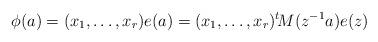
LaTeX: \begin{align*}\phi(a)=(x_1,\dots,x_r)e(a)=(x_1,\dots,x_r)^t\! M(z^{-1}a)e(z)\end{align*}